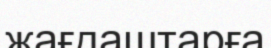
жағдаштарға